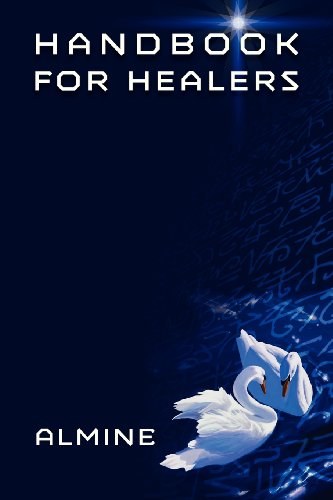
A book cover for The Handbook for Healers; Almine; Religion & Spirituality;